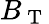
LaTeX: B_{\mathrm{~T~}}